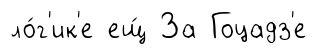
ло́г'ик'е ещ́ За Гоцадз'е